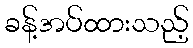
ခန့်အပ်ထားသည့်